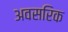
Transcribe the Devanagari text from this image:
अवसरिक